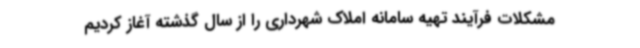
مشکلات فرآیند تهیه سامانه املاک شهرداری را از سال گذشته آغاز کردیم